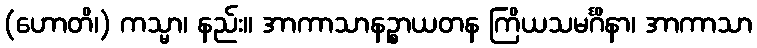
(ဟောတိ၊) ကသ္မာ၊ နည်း။ အာကာသာနဉ္စာယတန ကြိယသမင်္ဂိနာ၊ အာကာသာ